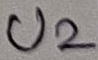
Text: U2